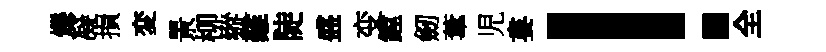
爍凝損変景柳縱難陡盛变鏜劒葦児婁！全